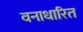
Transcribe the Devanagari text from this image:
वनाधारित